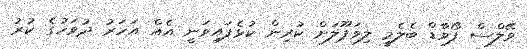
ވޭލްސް ފޯވާޑް ބެލެމީ ލިވަޕޫލަށް ކުރިން ކުޅެފައިވަނީ އެއް އަހަރު ދުވަހުގެ ކުރު